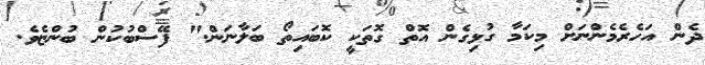
ދެން އަހެރެމެންނަށް މިކަމާ ގުޅިގެން އޮތް ގޮތަކީ ކޮބައިތޯ ބަލާނަން." ފޭސްބުކުން ބުންޏެވެ.